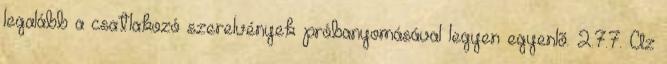
legalább a csatlakozó szerelvények próbanyomásával legyen egyenlõ. 2.7.7. Az